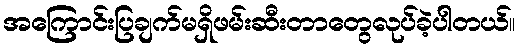
အကြောင်းပြချက်မရှိဖမ်းဆီးတာတွေလုပ်ခဲ့ပါတယ်။